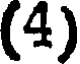
(4)